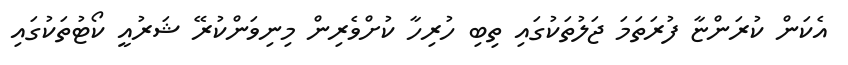
އެކަން ކުރަންޏާ ފުރަތަމަ ޖަލުތަކުގައި ތިބި ހުރިހާ ކުށްވެރިން މިނިވަންކުރޭ ޝަރުއީ ކޯޓުތަކުގައި